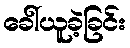
ခေါ်ယူခဲ့ခြင်း